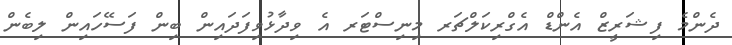
ދެންމެ ފިޝަރީޒް އެންޑް އެގްރިކަލްޗަރ މިނިސްޓަރ އެ ވިދާޅުވިފަދައިން ބިން ފަސޭހައިން ލިބެން